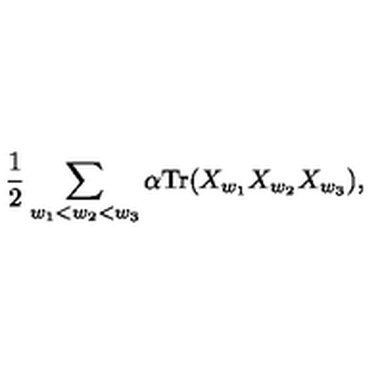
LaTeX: { \frac { 1 } { 2 } } \sum _ { w _ { 1 } < w _ { 2 } < w _ { 3 } } \alpha \mathrm { T r } ( X _ { w _ { 1 } } X _ { w _ { 2 } } X _ { w _ { 3 } } ) ,